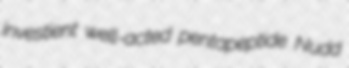
investient well-acted pentapeptide Nudd